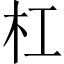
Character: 杠